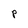
Character: P